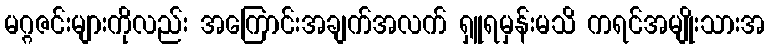
မဂ္ဂဇင်းများကိုလည်း အကြောင်းအချက်အလက် ရှူရမှန်းမသိ ကရင်အမျိုးသားအ